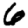
Digit: 6